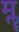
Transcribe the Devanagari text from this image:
मॣ